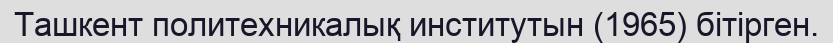
Ташкент политехникалық институтын (1965) бітірген.